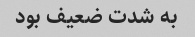
به شدت ضعیف بود